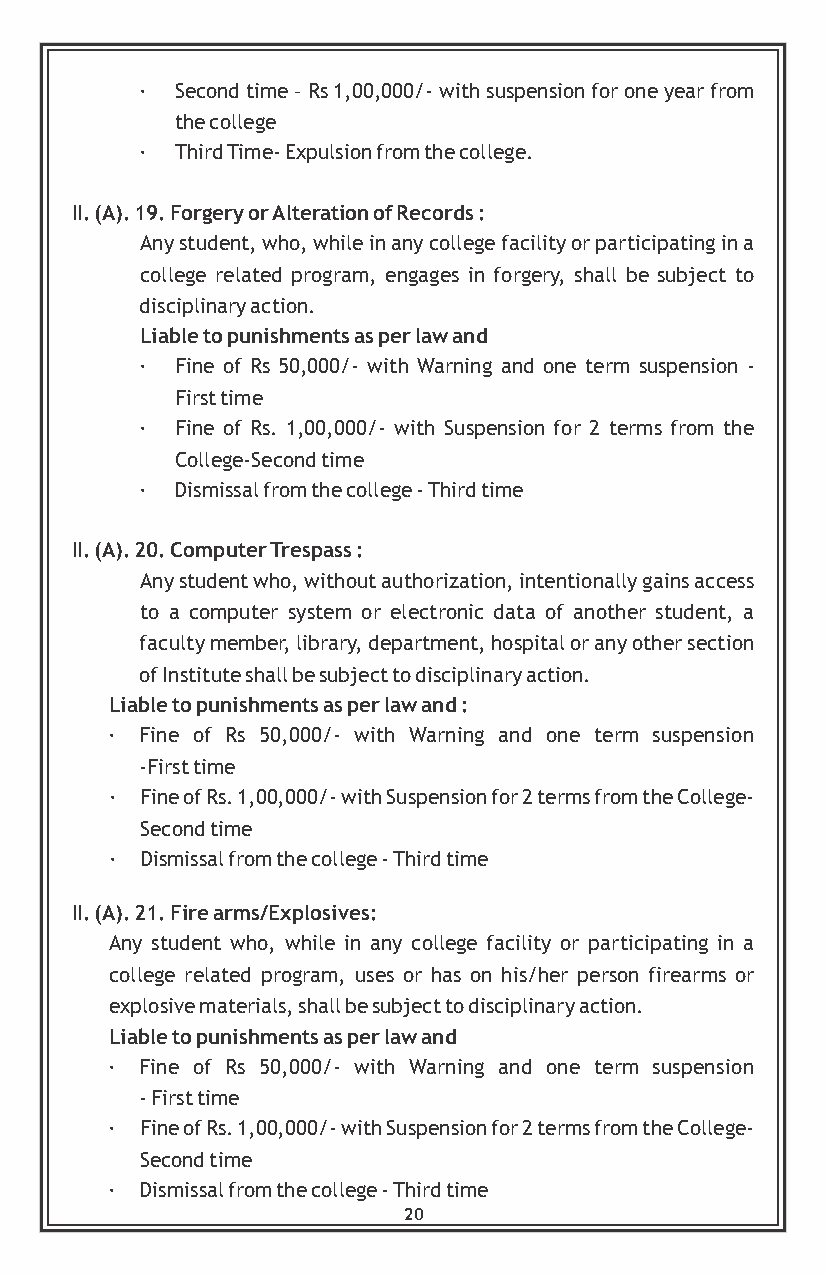
·  Second time – Rs 1,00,000/- with suspension for one year from
 the college
 ·  Third Time- Expulsion from the college.
 II. (A). 19. Forgery or Alteration of Records :
 Any student, who, while in any college facility or participating in a
 college related program, engages in forgery, shall be subject to
 disciplinary action.
 Liable to punishments as per law and
 ·  Fine of Rs 50,000/- with Warning and one term suspension -
 First time
 ·  Fine of Rs. 1,00,000/- with Suspension for 2 terms from the
 College-Second time
 ·  Dismissal from the college - Third time
 II. (A). 20. Computer Trespass :
 Any student who, without authorization, intentionally gains access
 to a computer system or electronic data of another student, a
 faculty member, library, department, hospital or any other section
 of Institute shall be subject to disciplinary action.
 Liable to punishments as per law and :
 · Fine of Rs 50,000/- with Warning and one term suspension
 -First time
 · Fine of Rs. 1,00,000/- with Suspension for 2 terms from the College-
 Second time
 · Dismissal from the college - Third time
 II. (A). 21. Fire arms/Explosives:
 Any student who, while in any college facility or participating in a
 college related program, uses or has on his/her person firearms or
 explosive materials, shall be subject to disciplinary action.
 Liable to punishments as per law and
 · Fine of Rs 50,000/- with Warning and one term suspension
 - First time
 · Fine of Rs. 1,00,000/- with Suspension for 2 terms from the College-
 Second time
 · Dismissal from the college - Third time
 20